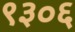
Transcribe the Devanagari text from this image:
९३०६